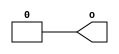
/********************************************/
/* generic_input.v                          */
/* A generic implementation of inputs       */
/* (buttons, switches)                      */
/*                                          */
/* 2012, rok.krajnc@gmail.com               */
/********************************************/


module generic_input #(
  parameter IW  = 1,    // input width
  parameter PD  = 10,   // push delay
  parameter DS  = 1'b0, // default (off) state
  parameter DBG = 0     // debug output
)(
  output wire [ IW-1:0] o
);



////////////////////////////////////////
// logic                              //
////////////////////////////////////////

reg  [ IW-1:0] state = {IW{DS}};
assign o = state;



////////////////////////////////////////
// tasks                              //
////////////////////////////////////////

//// on ////
task on;
input [ IW-1:0] i;
begin
  if (DBG) $display ("BENCH : %M : %t : changing state from [%b] to [%b].", $time, state, (DS ? i & state : i | state));
  state <= #1 DS ? i & state : i | state;
end
endtask


//// off ////
task off;
input [ IW-1:0] i;
begin
  if (DBG) $display ("BENCH : %M : %t : changing state from [%b] to [%b].", $time, state, (DS ? i | state : i & state));
  state <= #1 DS ? i | state : i & state;
end
endtask


//// push ////
task push;
input [ IW-1:0] i;
begin
  if (DBG) $display ("BENCH : %M : %t : changing state from [%b] to [%b].", $time, state, (i ^ state));
  state = #1 i ^ state;
  #PD;
  if (DBG) $display ("BENCH : %M : %t : changing state from [%b] to [%b].", $time, state, (i ^ state));
  state = #1 i ^ state;
end
endtask


//// toggle ////
task toggle;
input [ IW-1:0] i;
begin
  if (DBG) $display ("BENCH : %M : %t : changing state from [%b] to [%b].", $time, state, (i ^ state));
  state = #1 i ^ state;
end
endtask



endmodule